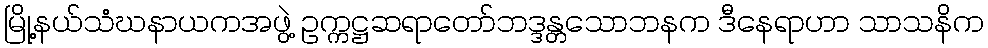
မြို့နယ်သံဃနာယကအဖွဲ့ ဥက္ကဋ္ဌဆရာတော်ဘဒ္ဒန္တသောဘနက ဒီနေရာဟာ သာသနိက